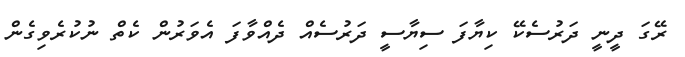
ރޭގަ ދީނީ ދަރުސެކޭ ކިޔާފަ ސިޔާސީ ދަރުސެއް ދެއްވާފަ އެވަރުން ކެތް ނުކުރެވިގެން